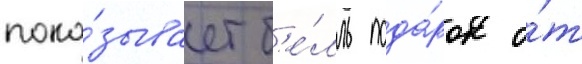
пока́зывает б'е́лль пода́рок о́т